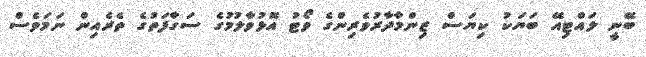
ބޭނީ ލައްޓިއޭ ބަޔަކު ކިޔަސް ޒިންމާދާރުވެރިންގެ ވޯޓު އޮޅުވާލުމުގެ ސަގާފަތުގެ ތެރެއިން ނަމަވެސް